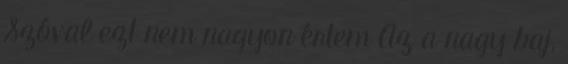
Szóval ezt nem nagyon értem Az a nagy baj,